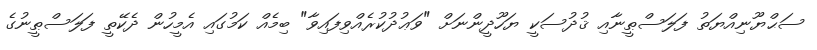
ސަޙްޔޫނިއްޔަތު ފަލަސްޠީނާއި ޤުދުސަކީ ޔަހޫދީންނަށް "ވަޢުދުކުރެއްވިފައިވާ" ބިމެއް ކަމުގައި އެމީހުން ދެކޭތީ ފަލަސްޠީނުގެ